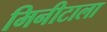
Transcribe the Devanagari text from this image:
मिनीटाला